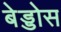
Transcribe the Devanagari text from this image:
बेड्डोस